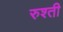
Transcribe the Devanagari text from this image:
रुश्ती